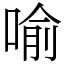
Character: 喻